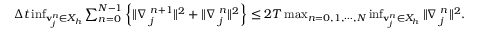
\begin{array} { r } { \Delta t \operatorname* { i n f } _ { { \bf v } _ { j } ^ { n } \in X _ { h } } \sum _ { n = 0 } ^ { N - 1 } \left\{ \| \nabla { \bf \eta } _ { j } ^ { n + 1 } \| ^ { 2 } + \| \nabla { \bf \eta } _ { j } ^ { n } \| ^ { 2 } \right\} \le 2 T \operatorname* { m a x } _ { n = 0 , 1 , \cdots , N } \operatorname* { i n f } _ { { \bf v } _ { j } ^ { n } \in X _ { h } } \| \nabla { \bf \eta } _ { j } ^ { n } \| ^ { 2 } . } \end{array}